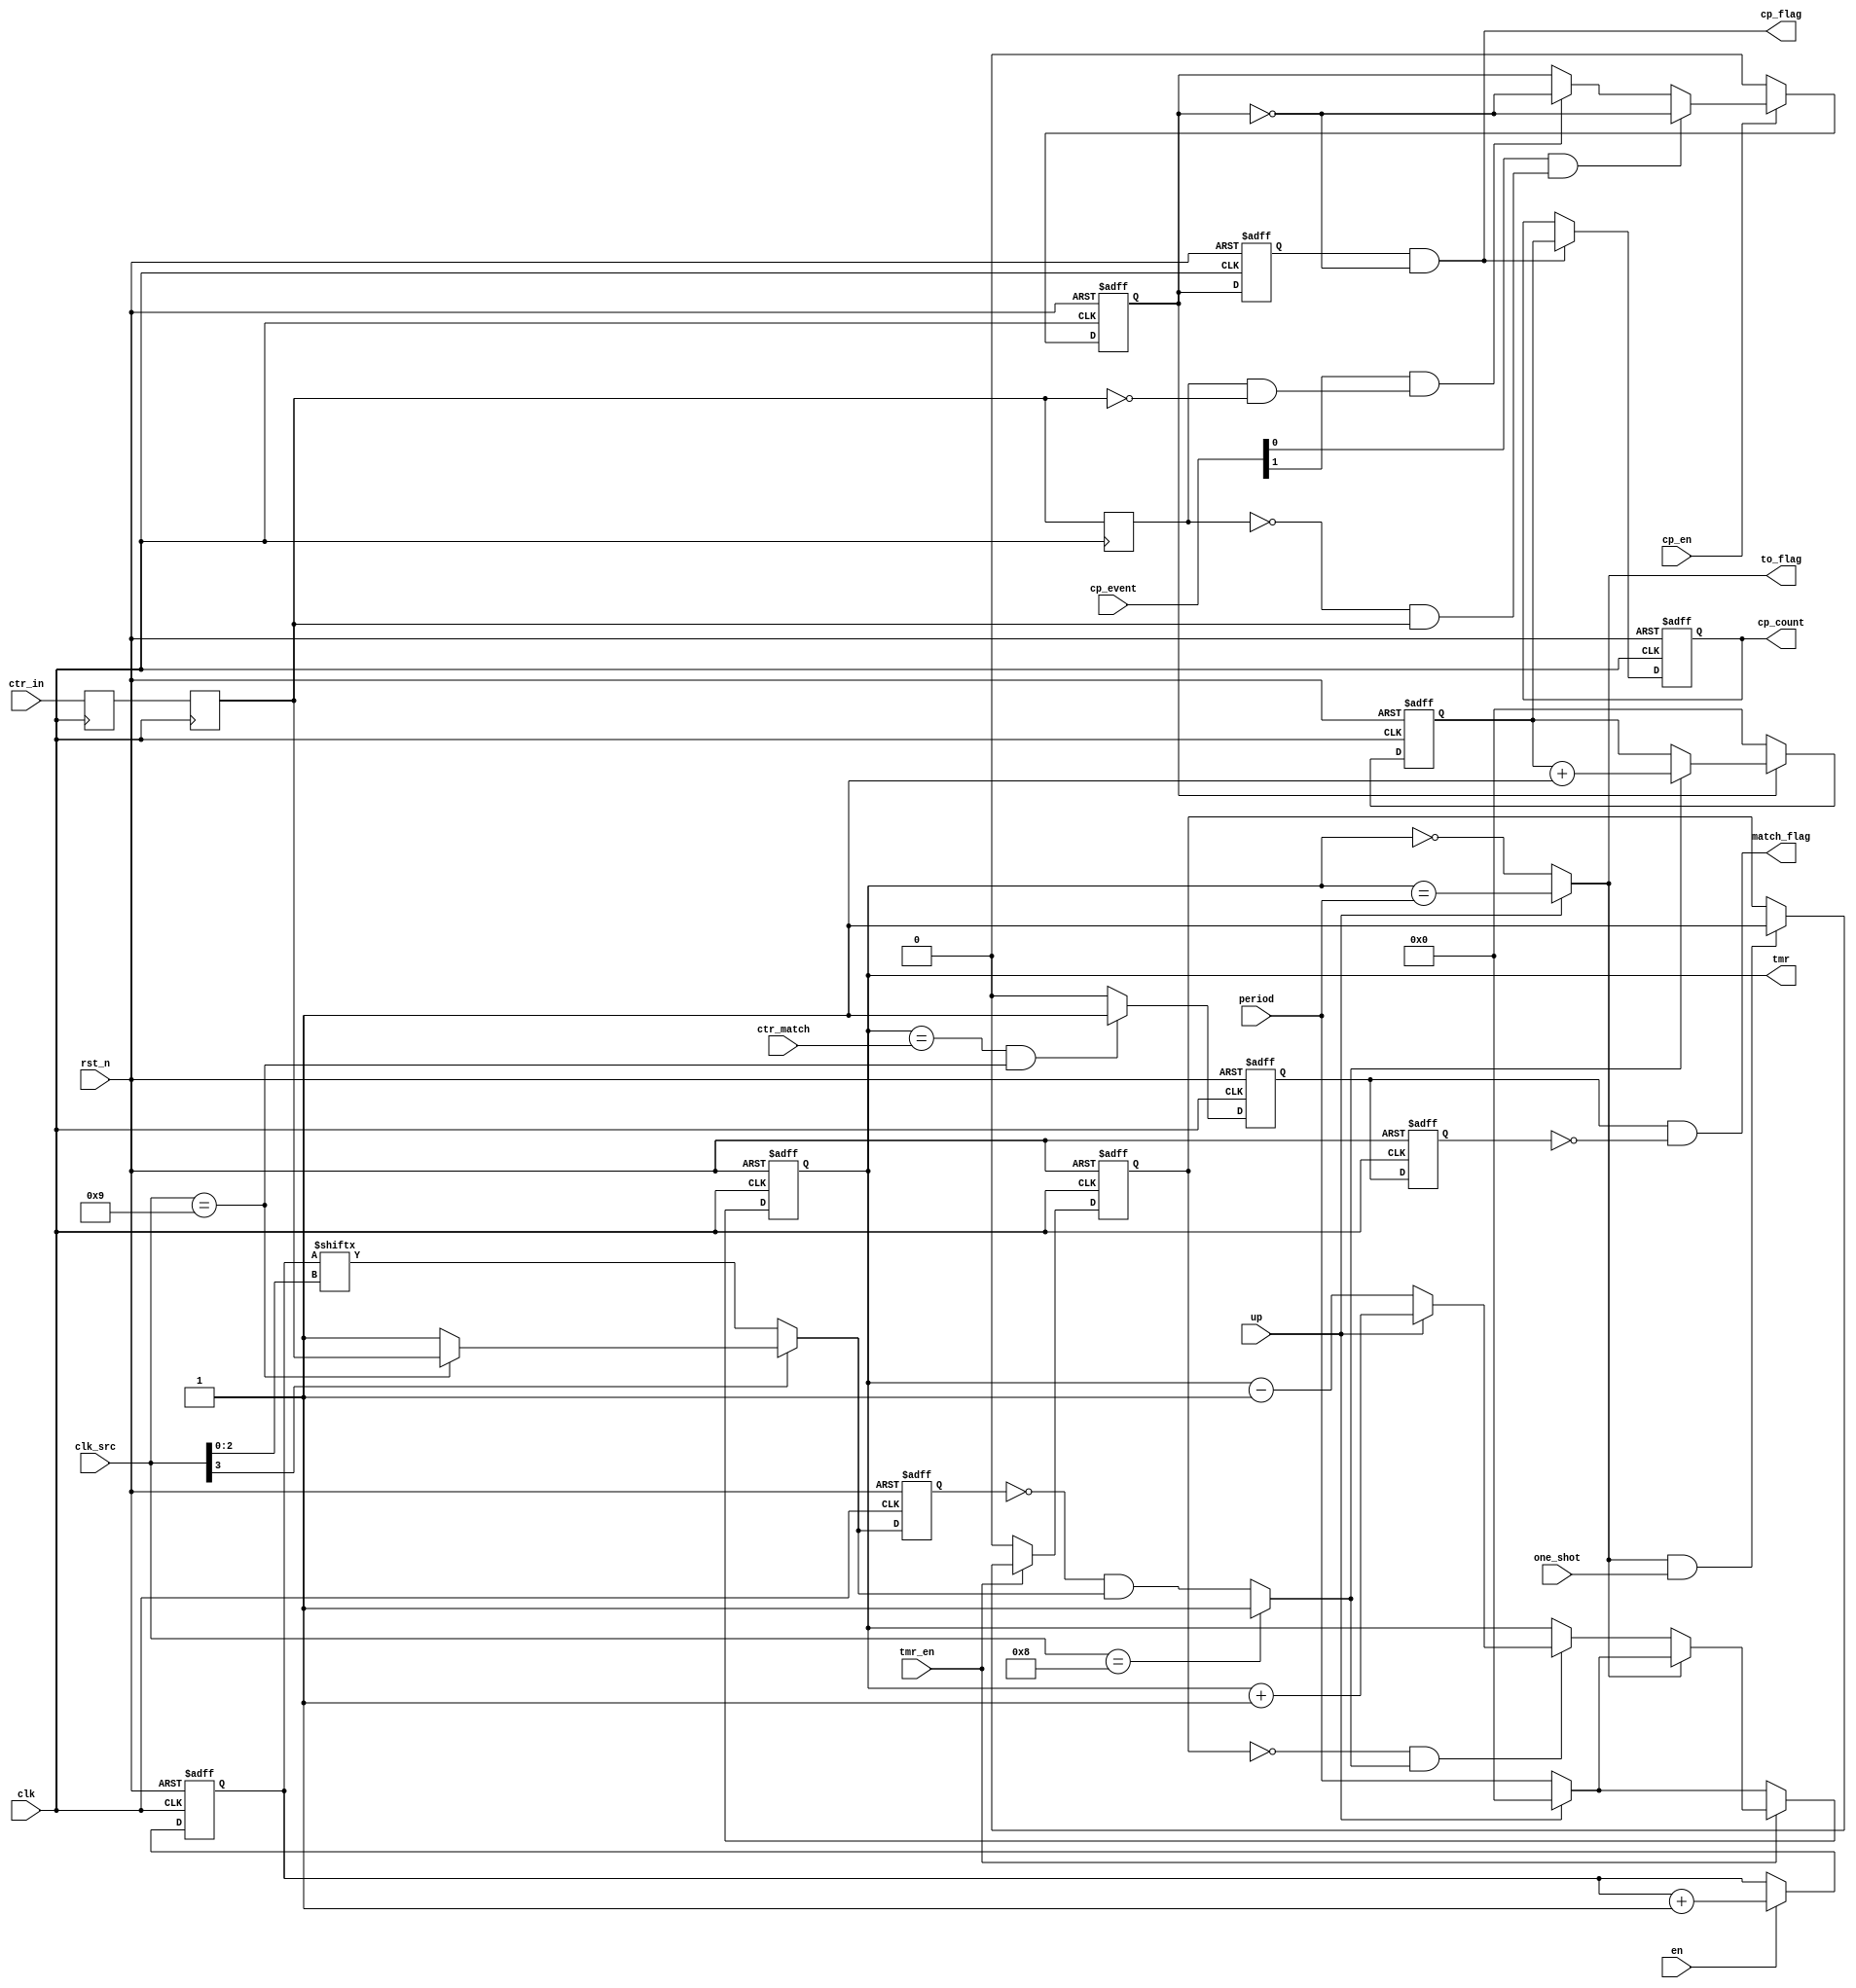
module EF_TCC32 (		
    input   wire            clk,
    input   wire	        rst_n,
    input	wire	        ctr_in,
    input   wire [31:0]     period,
    input   wire [31:0]     ctr_match,
    output  reg  [31:0]     tmr,
    output  reg  [31:0]     cp_count,
    input   wire [ 3:0]     clk_src,
    output  wire	        to_flag,
    output  wire            match_flag,
    input	wire	        tmr_en,
    input	wire	        one_shot,
    input	wire	        up,
    input   wire            cp_en,
    input   wire [1:0]      cp_event,
    output  wire            cp_flag,
    input   wire            en
);
			
    //reg	[31:0]	    tmr;
    wire            ctr_clk;
    reg			    stop;
    reg			    pwm_out;
    
    assign to_flag = up ? (tmr == period) : (tmr == 32'b0);
    
    // ctr pin syn
    reg	ctr_in_sync [1:0];
    always @(posedge clk) begin
        ctr_in_sync[0] <= ctr_in;
        ctr_in_sync[1] <= ctr_in_sync[0];
    end
    assign ctr_clk = ctr_in_sync[1];
    
    // Clock Divider: 2/4/8/.../256
    reg [7:0] pre;
    always @(posedge clk or negedge rst_n)
        if(!rst_n)
            pre <= 8'd0;
        else
            if(en)
                pre <= pre + 1'd1;
        
    // clock source
    wire        tmr_clk;
    wire        tmr_clk_src;
    
    assign tmr_clk_src =    (clk_src[3] == 1'b0)    ? pre[clk_src[2:0]] :
                            (clk_src == 4'd9)       ? ctr_clk           : 1'b1;
                            
    // clock edge detector                  
    reg         tmr_clk_src_delayed;
    always @(posedge clk or negedge rst_n)
        if(!rst_n)
            tmr_clk_src_delayed <= 1'b0;
        else
            tmr_clk_src_delayed <= tmr_clk_src;
    
    assign tmr_clk =    (clk_src == 4'd8)   ? 1'b1 : ~tmr_clk_src_delayed & tmr_clk_src;
    
    
    always @ (posedge clk or negedge rst_n) begin
        if(!rst_n)
            tmr <= 32'b0;
        else
            if(~tmr_en)
                tmr <= up ? 32'b0 : period;
            else if(to_flag)
                tmr <= up ? 32'b0 : period;
            else if(~stop & tmr_clk)
                tmr <= up ? (tmr + 32'b1) : (tmr - 32'b1);
    end
    
    always @ (posedge clk or negedge rst_n)
        if(!rst_n)
            stop <= 1'b0;
        else if(~tmr_en)
            stop <= 1'b0;
        else if(to_flag & one_shot)
            stop <= 1'b1;
            
    // PWM
    /*		
    wire	pwm_toggle = (tmr == pwm_cmp);
    always @ (posedge clk or negedge rst_n)
        if(!rst_n)
            pwm_out <= 1'b0;
        else if(pwm_en)
                if(pwm_toggle) 
                    pwm_out <= 1'b1;
                else if(to_flag) 
                    pwm_out <= 1'b0;
    */        
    // Capture Events
    reg [31:0]  cp_ctr;
    //reg [31:0]  cp_count;
    reg         cp_counting;
    wire        cp_pos, cp_neg;
    reg         ctr_in_sync_delayed;
    
    always @(posedge clk)
        ctr_in_sync_delayed <= ctr_in_sync[1];
    
    assign cp_pos = ~ctr_in_sync_delayed & ctr_in_sync[1];
    assign cp_neg = ctr_in_sync_delayed & ~ctr_in_sync[1];
    
    always @(posedge clk or negedge rst_n)
        if(!rst_n)
            cp_counting <= 1'b0;
        else if(!cp_en)
            cp_counting <= 1'b0;
        else if(cp_event[0] & cp_pos) 
            cp_counting <= ~cp_counting;
        else if(cp_event[1] & cp_neg)
            cp_counting <= ~cp_counting;
            
    always @(posedge clk or negedge rst_n)
        if(!rst_n)
            cp_ctr <= 32'd0;
        else if(!cp_counting)
            cp_ctr <= 32'd0;
        else if(tmr_clk)
            cp_ctr <= cp_ctr + 1'b1;
            
    // cp_flag
    reg cp_counting_delayed;
    always @(posedge clk or negedge rst_n)
        if(!rst_n)
            cp_counting_delayed <= 1'b0;
        else
            cp_counting_delayed <= cp_counting;
    
    assign cp_flag = cp_counting_delayed & ~cp_counting;
    
    always @(posedge clk or negedge rst_n)
    if(!rst_n)
        cp_count <= 32'd0;
    else if(cp_flag) 
        cp_count <= cp_ctr;
        
    // The Counter match flag
    reg     match;
    wire    ctr_mode = (clk_src == 4'd9);
    always @(posedge clk or negedge rst_n)
    if(!rst_n)
        match <= 1'b0;    
    else
        if(tmr == ctr_match && ctr_mode == 1'b1)
            match <= 1'b1;
        else
            match <= 1'b0;
    
    reg match_delayed;
    always @(posedge clk or negedge rst_n)
        if(!rst_n)
            match_delayed <= 1'b0;
        else
            match_delayed <= match;

    assign match_flag = match & ~match_delayed;
		
endmodule